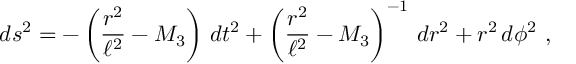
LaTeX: d s ^ { 2 } = - \left( { \frac { r ^ { 2 } } { \ell ^ { 2 } } } - M _ { 3 } \right) \, d t ^ { 2 } + \left( { \frac { r ^ { 2 } } { \ell ^ { 2 } } } - M _ { 3 } \right) ^ { - 1 } \, d r ^ { 2 } + r ^ { 2 } \, d \phi ^ { 2 } \ ,